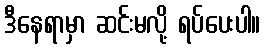
ဒီနေရာမှာ ဆင်းမလို့ ရပ်ပေးပါ။